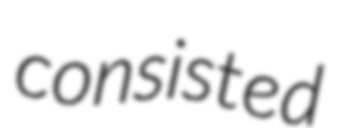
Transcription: consisted